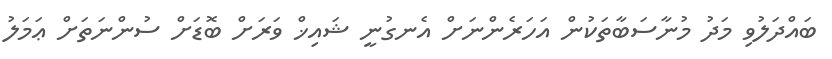
ބައްދަލުވި މަދު މުނާސަބާތަކުން އަހަރެންނަށް އެނގުނީ ޝައިޚް ވަރަށް ބޮޑަށް ސުންނަތަށް ޢަމަލު